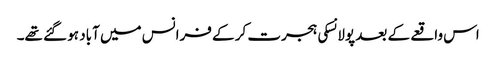
اس واقعے کے بعد پولانسکی ہجرت کر کے فرانس میں آباد ہو گئے تھے۔